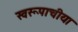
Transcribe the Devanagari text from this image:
स्वरूपाचीया